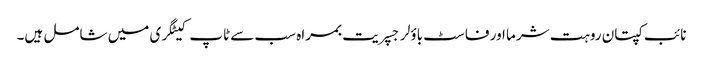
نائب کپتان روہت شرما اور فاسٹ باؤلر جسپریت بمراہ سب سے ٹاپ کیٹگری میں شامل ہیں۔